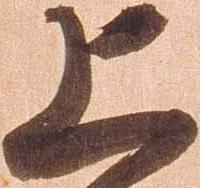
上